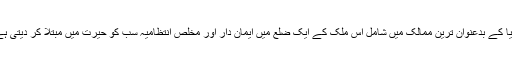
دنیا کے بدعنوان ترین ممالک میں شامل اس ملک کے ایک ضلع میں ایمان دار اور مخلص انتظامیہ سب کو حیرت میں مبتلا کر دیتی ہے۔